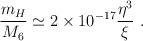
LaTeX: \begin{align*}\frac{m_H}{M_6} \simeq 2 \times 10^{-17} \frac{\eta^3}{\xi}~.\end{align*}